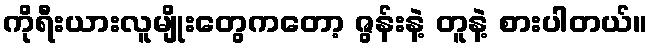
ကိုရီးယားလူမျိုးတွေကတော့ ဇွန်းနဲ့ တူနဲ့ စားပါတယ်။